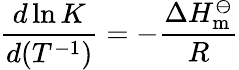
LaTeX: {\frac{d\ln K}{d(T^{-1})}}=-{\frac{\Delta H_{\mathrm{m}}^{\ominus}}{R}}